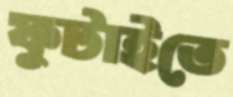
ফুটাইতে